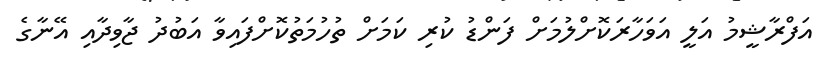
އަފްރާޝީމު އަލީ އަވަހާރަކޮށްލުމަށް ފަންޑު ކުރި ކަމަށް ތުހުމަތުކޮށްފައިވާ އަބުދު ޖާވިދާއި އޭނާގެ